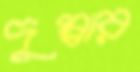
দুম্বার